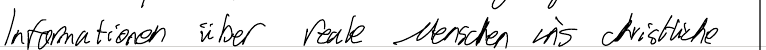
Informationen über reale Menschen ins christliche